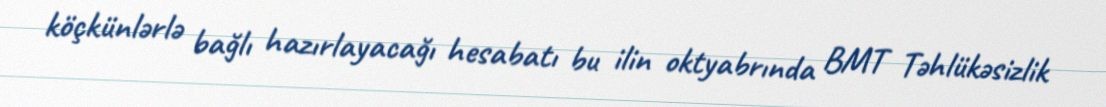
köçkünlərlə bağlı hazırlayacağı hesabatı bu ilin oktyabrında BMT Təhlükəsizlik